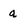
Character: q